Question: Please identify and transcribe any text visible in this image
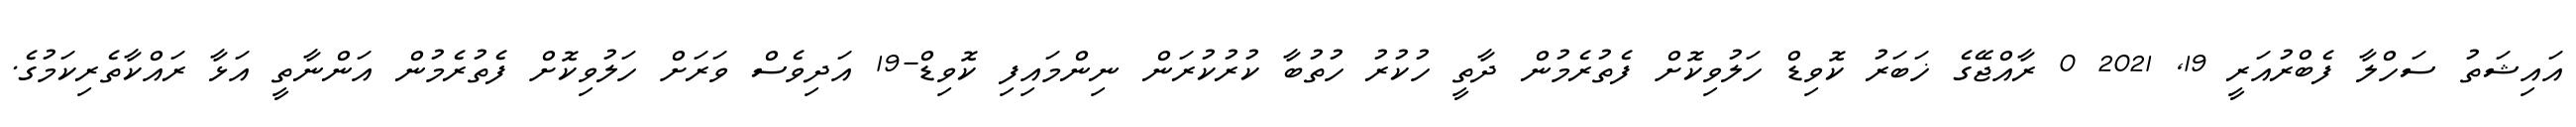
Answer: އައިޝަތު ސަހްލާ ފެބްރުއަރީ 19, 2021 0 ރާއްޖޭގެ ޚަބަރު ކޮވިޑް ހަލުވިކޮށް ފެތުރެމުން ދާތީ ހުކުރު ހުތުބާ ކުރުކުރަން ނިންމައިފި ކޮވިޑް-19 އަދިވެސް ވަރަށް ހަލުވިކޮށް ފެތުރެމުން އަންނާތީ އަޅާ ރައްކާތެރިކަމުގެ.